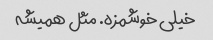
خیلی خوشمزه. مثل همیشه